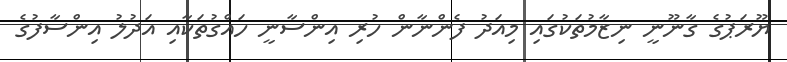
ޔޫރަޕުގެ ގާނޫނީ ނިޒާމުތަކުގައި މިއަދު ފެންނާން ހުރި އިންސާނީ ހައްގުތަކާއި އަދުލު އިންސާފުގެ